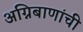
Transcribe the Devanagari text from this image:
अग्निबाणांची